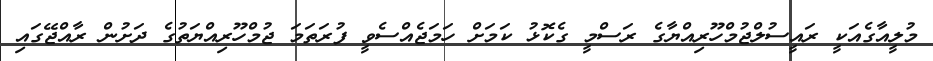
މުލީއާގެއަކީ ރައީސުލްޖުމްހޫރިއްޔާގެ ރަސްމީ ގެކޮޅު ކަމަށް ހަމަޖެއްސެވީ ފުރަތަމަ ޖުމްހޫރިއްޔަތުގެ ދަށުން ރާއްޖޭގައި